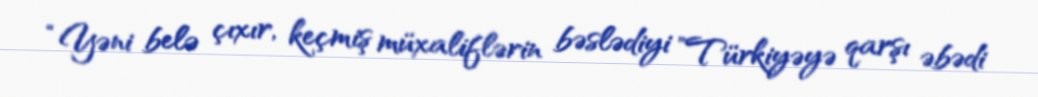
“Yəni belə çıxır, keçmiş müxaliflərin bəslədiyi ”Türkiyəyə qarşı əbədi